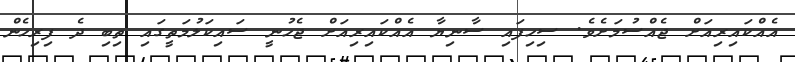
އެއްކައިރިއަށް ޖެއްސުމަށެވެ. ސިހިފައި ސާނިޔާ އެއްކައިރިއަށް ޖެހުނީ ސައިކަލުމަތީގައި ތިބި ދެ ފިރިހެން